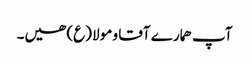
آپ ھمارے آقا و مولا (ع) ھیں۔